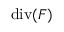
\mathrm { d i v } ( F )